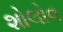
શોલોવ